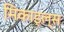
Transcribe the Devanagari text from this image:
मिकाइल्स